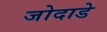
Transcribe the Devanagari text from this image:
जोदाडे